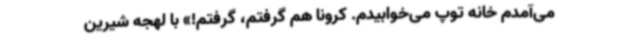
می‌آمدم خانه توپ می‌خوابیدم. کرونا هم گرفتم، گرفتم!» با لهجه شیرین